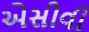
એસીવી